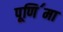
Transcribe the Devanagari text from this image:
पूणि॔मा